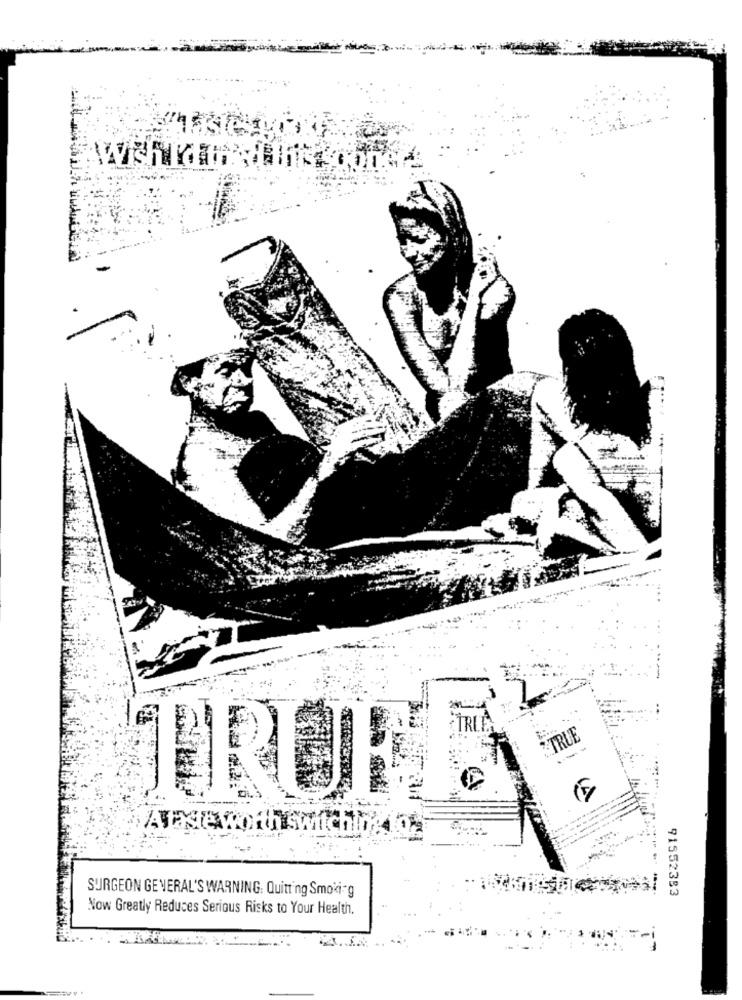
İRL
TRUE
'TRUEI
Atxte worth switchlo
SURGEON GENERAL'S WARNING. Quitting Smoki-g
91552383
Now Greatly Reduces Serious Risks to Your Health.
-- i